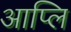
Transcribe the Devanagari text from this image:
आप्लि